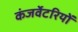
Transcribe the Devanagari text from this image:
कंजर्वेटरियों